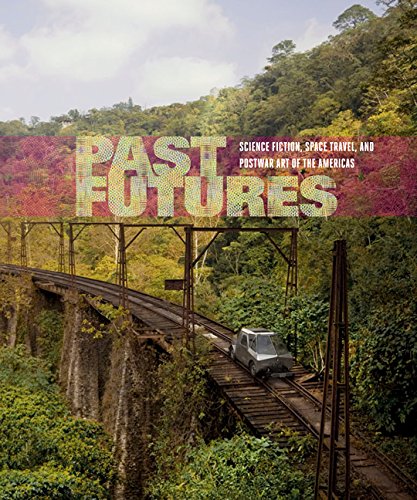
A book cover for Past Futures: Science Fiction, Space Travel, and Postwar Art of the Americas; Science Fiction & Fantasy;